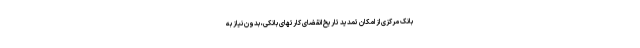
بانک مرکزی از امکان تمدید تاریخ انقضای کارتهای بانکی، بدون نیاز به